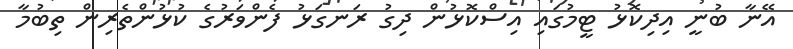
އޭނާ ބުނީ އިދިކޮޅު ޓީމުގައި އިސްކޮޅުން ދިގު ރަނގަޅު ފެންވަރުގެ ކުޅުންތެރިން ތިބުމާ